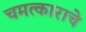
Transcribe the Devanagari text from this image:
चमत्काराचे